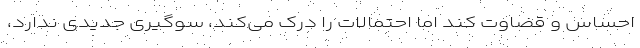
احساس و قضاوت کند اما احتمالات را درک می‌کند، سوگیری جدیدی ندارد،